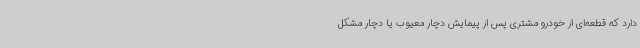
دارد که قطعه‌ای از خودرو مشتری پس از پیمایش دچار معیوب یا دچار مشکل